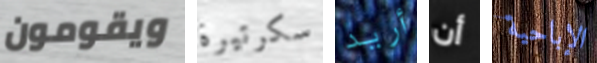
ويقومون سكرتيرة أريد أن الإباحية